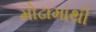
મોઢામાથી